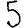
Digit: 5